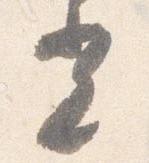
光